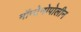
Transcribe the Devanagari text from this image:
मॉन्टेनोपोलीन